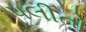
પલીતો